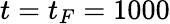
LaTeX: t=t_{F}=1000